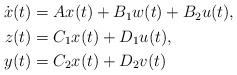
LaTeX: \begin{align*}\begin{aligned}\dot x(t)&=Ax(t)+B_1w(t)+B_2u(t), \\z(t)&=C_1x(t)+D_1u(t), \\y(t)&=C_2x(t)+D_2v(t)\end{aligned}\end{align*}